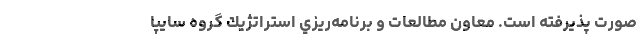
صورت پذيرفته است. معاون مطالعات و برنامه‌ريزي استراتژيك گروه سايپا